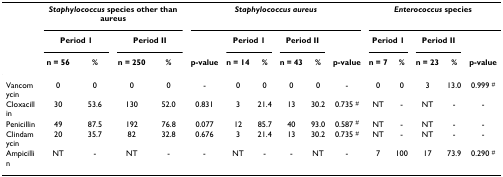
|  | <COLSPAN=4> Staphylococcus species other than aureus | <COLSPAN=6> Staphylococcus aureus | <COLSPAN=5> Enterococcus species |
 |  | <COLSPAN=2> Period 1 | <COLSPAN=2> Period II |  | <COLSPAN=2> Period 1 | <COLSPAN=2> Period II |  | <COLSPAN=2> Period 1 | <COLSPAN=2> Period II |  |
 |  | n = 56 | % | n = 250 | % | p-value | n = 14 | % | n = 43 | % | p-value | n = 7 | % | n = 23 | % | p-value |
 | --- | --- | --- | --- | --- | --- | --- | --- | --- | --- | --- | --- | --- | --- | --- | --- |
 | Vancomycin | 0 | 0 | 0 | 0 | - | 0 | 0 | 0 | 0 | - | 0 | 0 | 3 | 13.0 | 0.999 # |
 | Cloxacillin | 30 | 53.6 | 130 | 52.0 | 0.831 | 3 | 21.4 | 13 | 30.2 | 0.735 # | NT | - | NT | - | - |
 | Penicillin | 49 | 87.5 | 192 | 76.8 | 0.077 | 12 | 85.7 | 40 | 93.0 | 0.587 # | NT | - | NT | - | - |
 | Clindamycin | 20 | 35.7 | 82 | 32.8 | 0.676 | 3 | 21.4 | 13 | 30.2 | 0.735 # | NT | - | NT | - | - |
 | Ampicillin | NT | - | NT | - | - | NT | - | - | NT | - | 7 | 100 | 17 | 73.9 | 0.290 # |